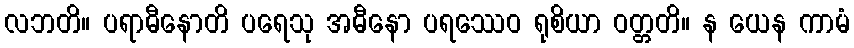
လဘတိ။ ပရာဓီနောတိ ပရေသု အဓီနော ပရဿေဝ ရုစိယာ ဝတ္တတိ။ န ယေန ကာမံ